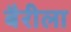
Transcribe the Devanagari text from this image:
बैरीला